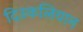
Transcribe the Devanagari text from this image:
दिउकलियान